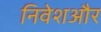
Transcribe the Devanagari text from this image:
निवेशऔर